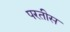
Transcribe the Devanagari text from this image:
परतीस